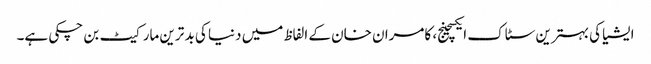
ایشیا کی بہترین سٹاک ایکسچینج، کامران خان کے الفاظ میں دنیا کی بد ترین مارکیٹ بن چکی ہے۔